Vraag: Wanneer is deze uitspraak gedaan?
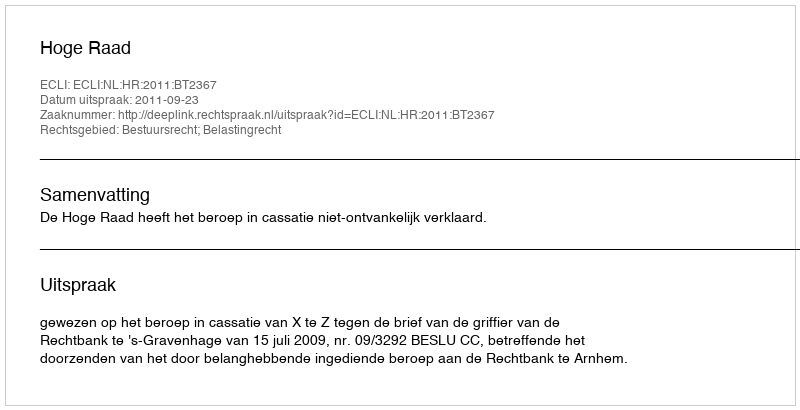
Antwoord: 2011-09-23